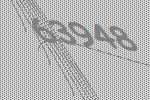
63948